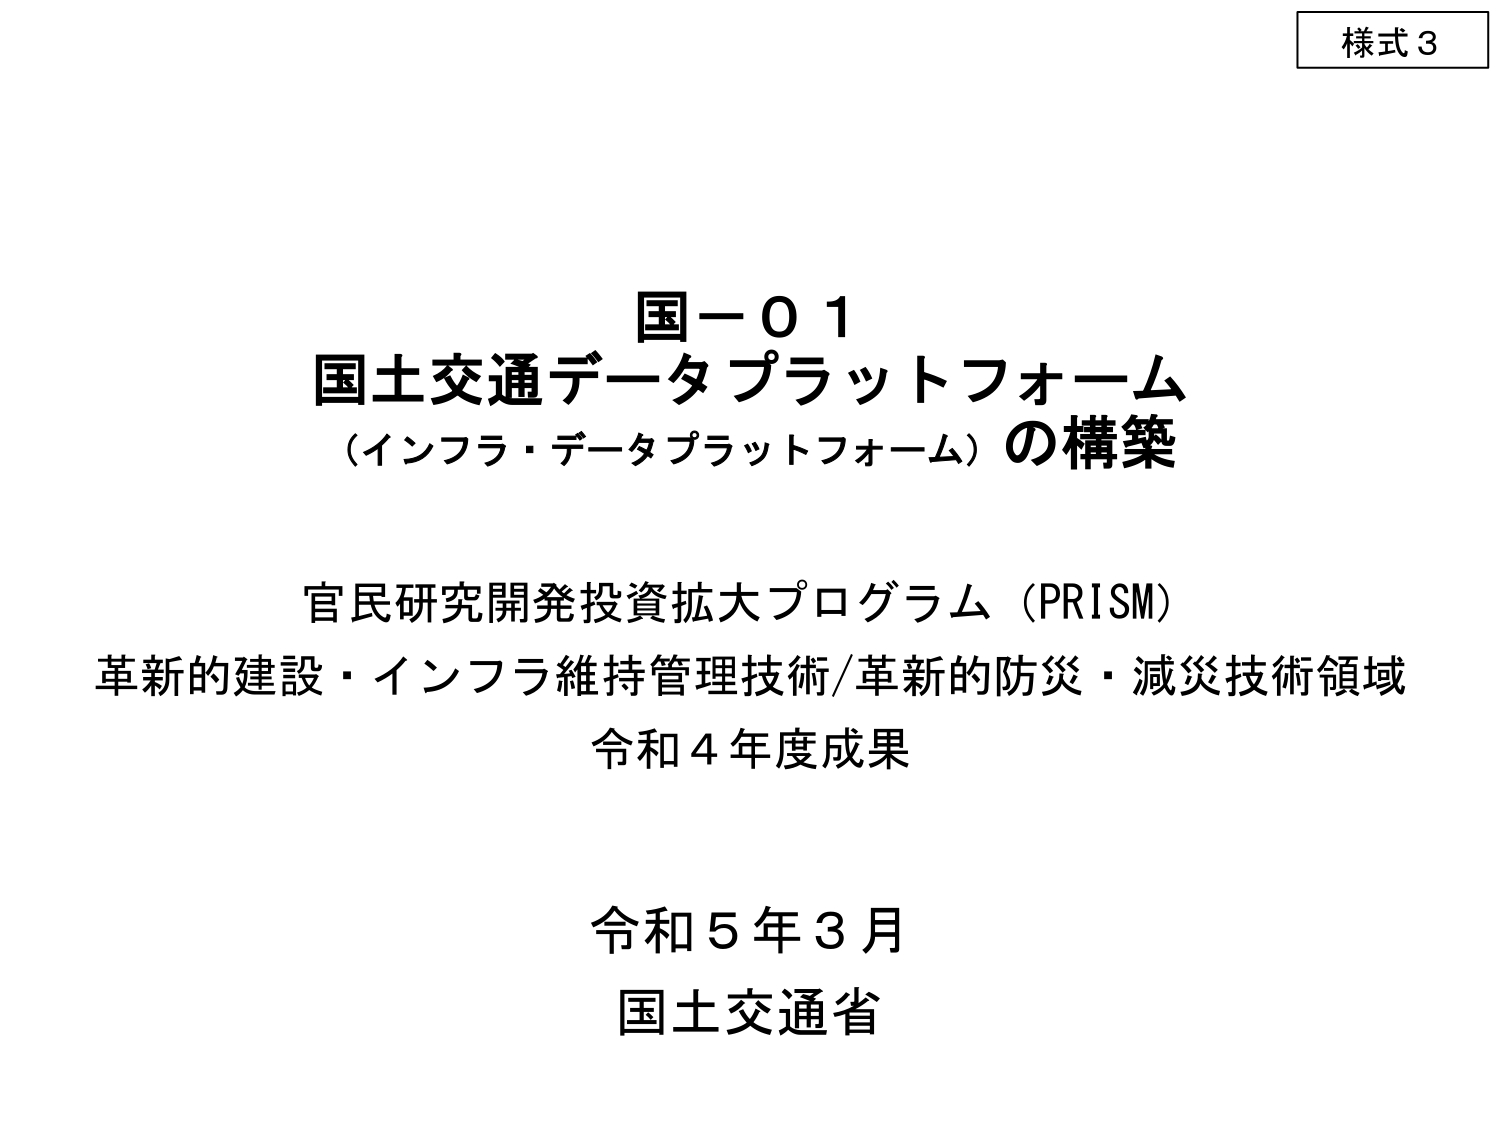
様式３

国－０１
国土交通データプラットフォーム
（インフラ・データプラットフォーム）の構築

官民研究開発投資拡大プログラム（PRISM）
革新的建設・インフラ維持管理技術/革新的防災・減災技術領域
令和４年度成果

令和５年３月
国土交通省